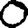
Digit: 0